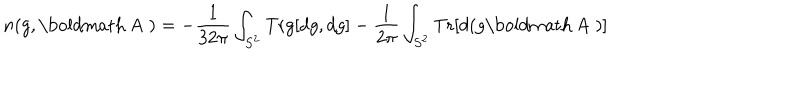
n ( g , \mathrm { \boldmath ~ A ~ } ) = - \frac { 1 } { 3 2 \pi } \int _ { S ^ { 2 } } \mathrm { T r } g [ d g , d g ] - \frac { 1 } { 2 \pi } \int _ { S ^ { 2 } } \mathrm { T r } [ d ( g \mathrm { \boldmath ~ A ~ } ) ]